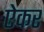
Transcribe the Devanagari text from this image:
ऐकर